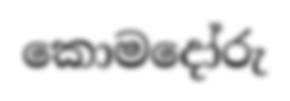
කොමදෝරු